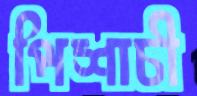
পিশাচী